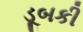
ડૂબકી